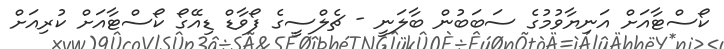
ކޯސްޓާއަށް އަނިޔާވުމުގެ ސަބަބުން ބާލަނީ - ޗެލްސީގެ ފޯވާޑް ޑިއޭގޯ ކޯސްޓާއަށް ކުރިއަށް